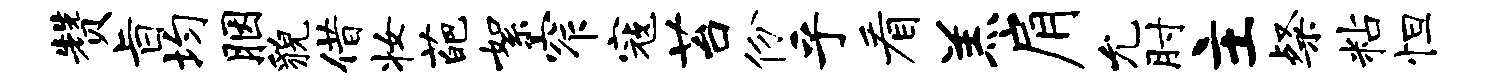
赞旨均胭貌借妆葩絮窄寇苔份乎看羔肩允肘主粲粘怛